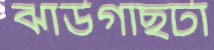
ঝাউগাছটা